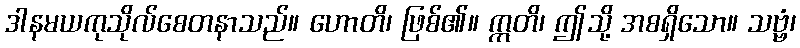
ဒါနမယကုသိုလ်စေတနာသည်။ ဟောတိ၊ ဖြစ်၏။ ဣတိ၊ ဤသို့ အစရှိသော။ သဗ္ဗံ၊